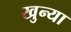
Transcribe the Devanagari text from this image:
खुन्या